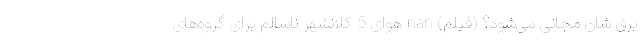
برق شان مجانی می‌شود؟ (فیلم) nan هوای 5 کلانشهر ناسالم برای گروه‌‌های